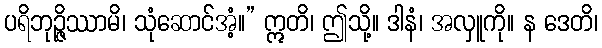
ပရိဘုဉ္ဇိဿာမိ၊ သုံဆောင်အံ့။” ဣတိ၊ ဤသို့။ ဒါနံ၊ အလှူကို။ န ဒေတိ၊